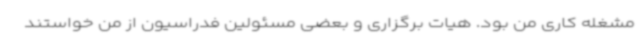
مشغله کاری من بود. هیات برگزاری و بعضی مسئولین فدراسیون از من خواستند